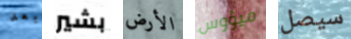
بعد بشير الأرض ميؤوس سيصل